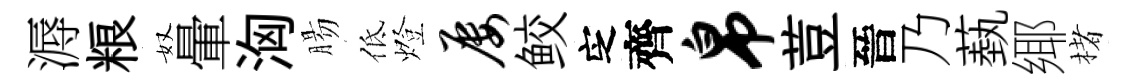
溽粮奴暈洶腸低燈屡鲛㝎齊帛荳晉乃蓺鄊楮